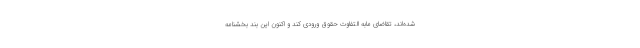
شده‌اند، تقاضای مابه التفاوت حقوق ورودی کند و اکنون این بند بخشنامه